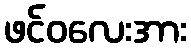
ဖင်ဝလေးအား